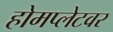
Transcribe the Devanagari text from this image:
होमप्लेटवर